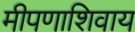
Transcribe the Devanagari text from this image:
मीपणाशिवाय